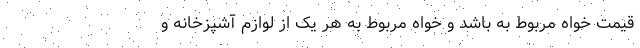
قیمت خواه مربوط به باشد و خواه مربوط به هر یک از لوازم آشپزخانه و